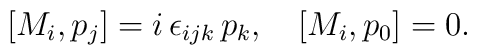
[M_i, p_j] = i\, \epsilon_{ijk}\, p_k, \quad [M_i, p_0] = 0.